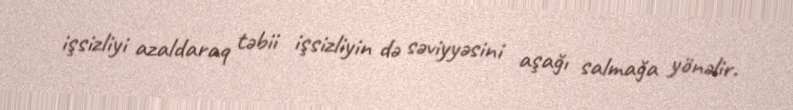
işsizliyi azaldaraq təbii işsizliyin də səviyyəsini aşağı salmağa yönəlir.